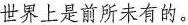
世界上是前所未有的。